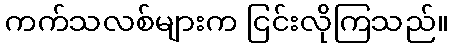
ကက်သလစ်များက ငြင်းလိုကြသည်။